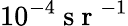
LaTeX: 10^{-4}\mathrm{~s~r~}^{-1}